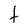
Character: f